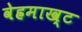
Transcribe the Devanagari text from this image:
वेह्रमाख्ट